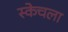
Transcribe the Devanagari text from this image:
स्केचला